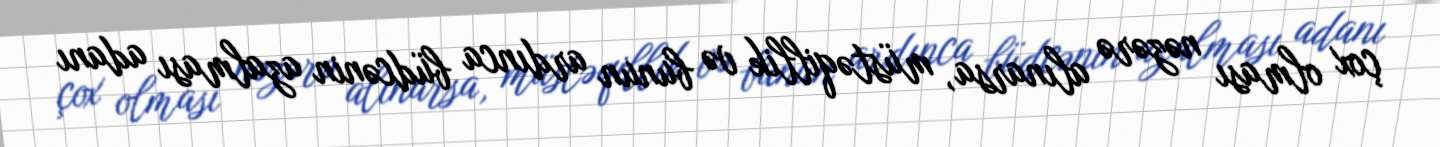
çox olması nəzərə alınarsa, müstəqillik və bunun ardınca büdcənin azalması adanı